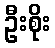
ဦးစိုး